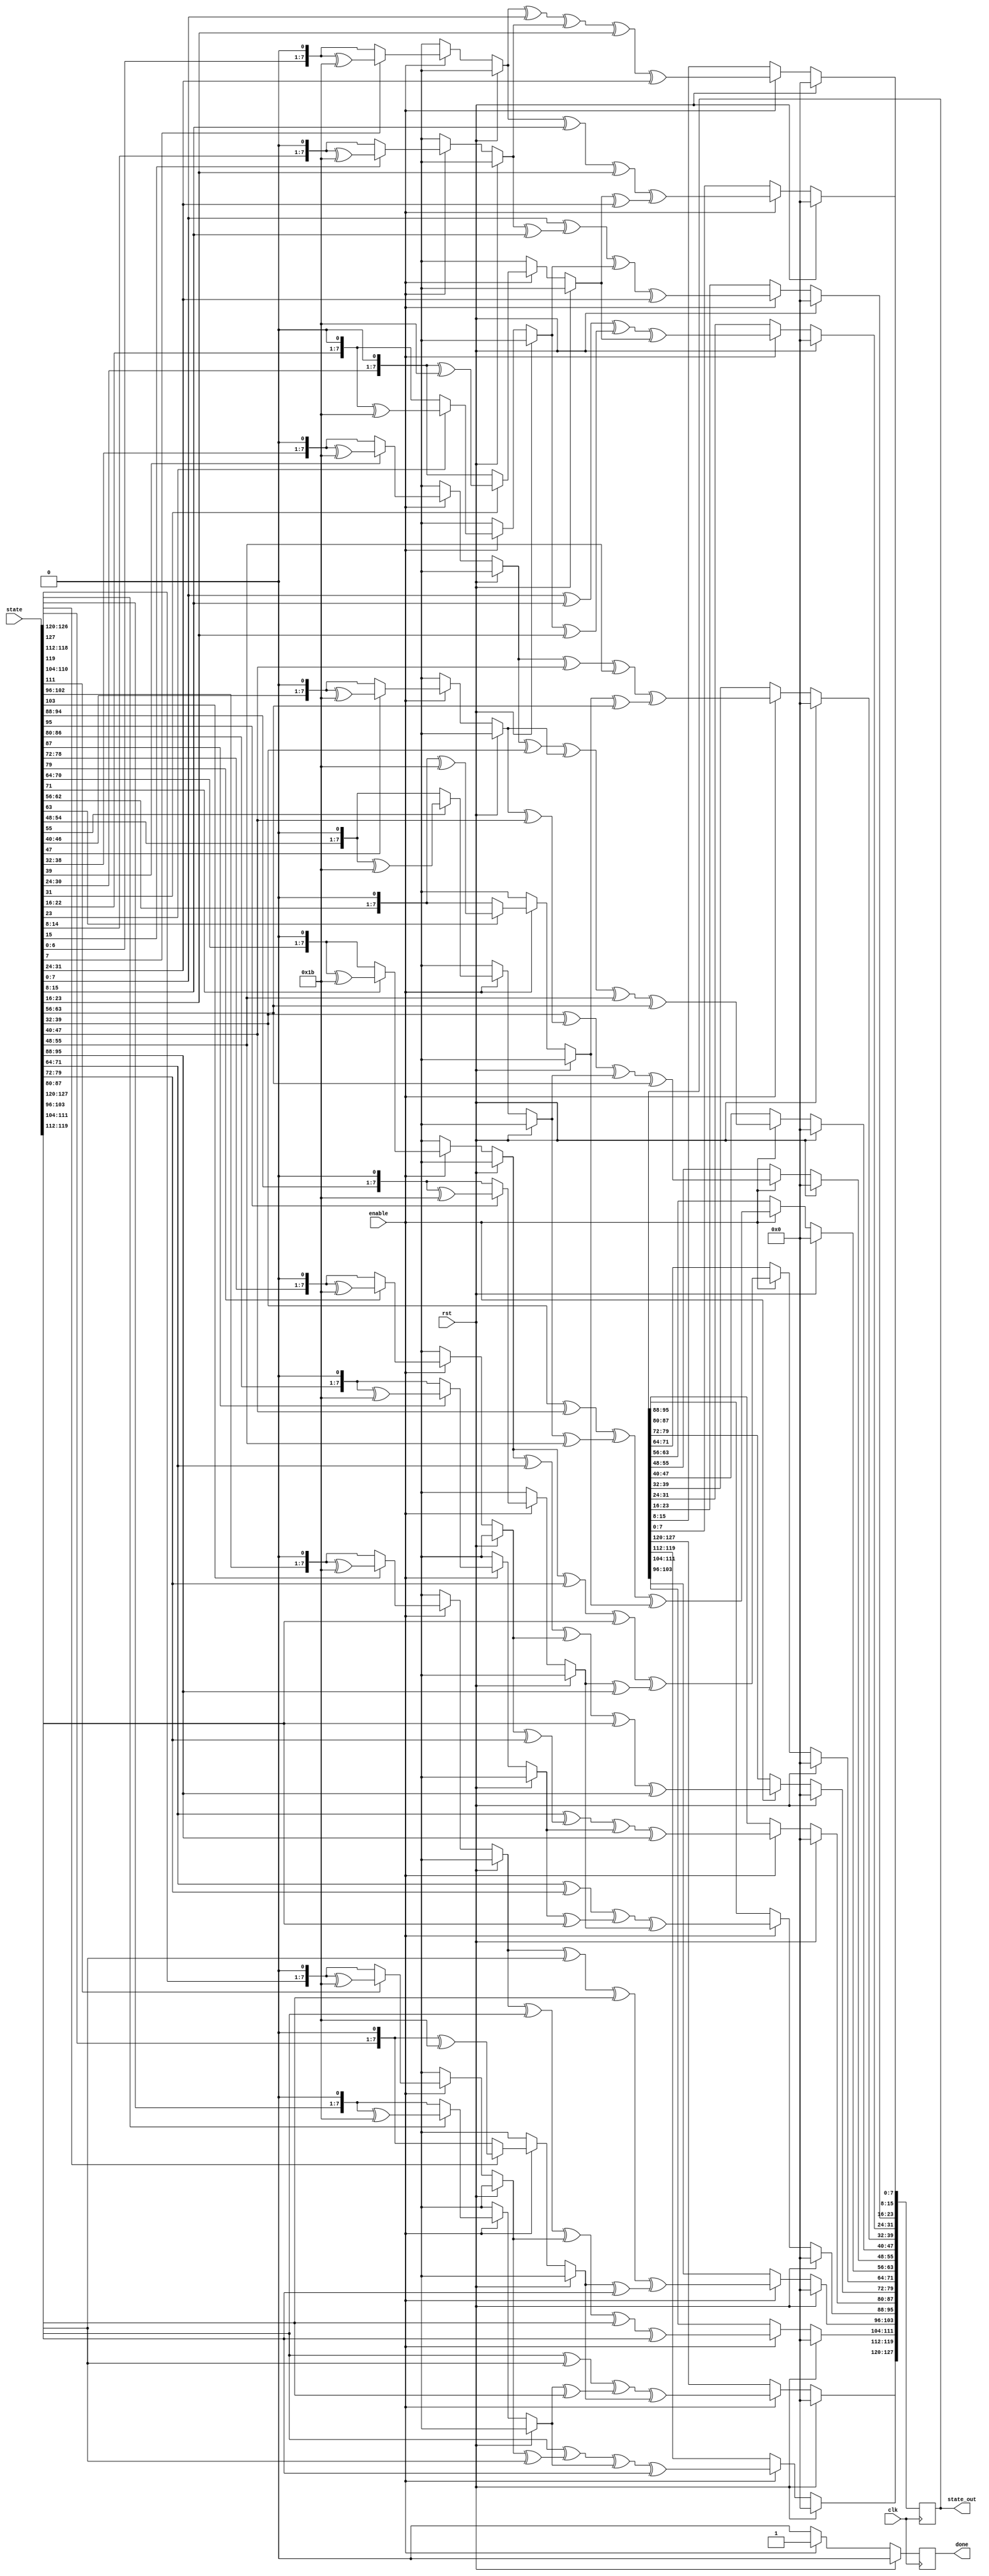
/*
*
*	Creator : Ahmad Hegazy <github.com/ahegazy> <ahegazipro@gmail.com>
*
* 
* Description: Mix columns step in AES encryption/Decryption.
* Language: Verilog
*
*/

module MixColumns(
	input wire [127:0] state,
	input  clk,enable, rst,
	output reg  [127:0]state_out,
	output reg done);

function reg [7:0] MultiplyByTwo;
	input [7:0] x;
	begin 
			/* multiplication by 2 is shifting on bit to the left, and if the original 8 bits had a 1 @ MSB, xor the result with 0001 1011*/
			if(x[7] == 1) MultiplyByTwo = ((x << 1) ^ 8'h1b);
			else MultiplyByTwo = x << 1; 
	end 	
endfunction

function reg [7:0] MultiplyByThree;
	input [7:0] x;
	begin 
			/* multiplication by 3 ,= 01 ^ 10 = (NUM * 01) XOR (NUM * 10) = (NUM) XOR (NUM Muliplication by 2) */
			MultiplyByThree = MultiplyByTwo(x) ^ x;
	end 
endfunction
 
integer i; 
	always@(posedge clk) 
begin
	if (rst)
	begin
		state_out<=128'd0;
		i<= 0;
		done <= 0;
	end 
	else if (enable)
	begin 
			for(i=0;i<=3;i=i+1)
			begin 
			 /* 
			 * Mix columns is a matrices muliplication: polynomial matrix state matrix .
			 * for example 
			 *	2	3	1 1     63 09 cd ba
			 *	1	2	3 1     53 60 70 ca
			 *	1	1	2 3     e0 e1 b7 d0
			 * 	3	1	1 2     8c 04 51 e7
			 * But the state bits as input comes serially in a reg [127:0] : 63 53 e0 8c 09 60 e1 04 cd 70 b7 51 ba ca d0 e7  
			 * so instead of multiplying row * column we multiply row * row  and putting the bits in the output state in a column per iteration
			 * 
			 */
			 
				state_out[i*32+:8]  <= MultiplyByTwo(state[(i*32)+:8])^(state[(i*32 + 8)+:8])^(state[(i*32 + 16)+:8])^MultiplyByThree(state[(i*32 + 24)+:8]);
				state_out[(i*32 + 8)+:8] <= MultiplyByThree(state[(i*32)+:8])^MultiplyByTwo(state[(i*32 + 8)+:8])^(state[(i*32 + 16)+:8])^(state[(i*32 + 24)+:8]);
				state_out[(i*32 + 16)+:8] <= (state[(i*32)+:8])^MultiplyByThree(state[(i*32 + 8)+:8])^MultiplyByTwo(state[(i*32 + 16)+:8])^(state[(i*32 + 24)+:8]);
				state_out[(i*32 + 24)+:8]  <= (state[(i*32)+:8])^(state[(i*32 + 8)+:8])^MultiplyByThree(state[(i*32 + 16)+:8])^MultiplyByTwo(state[(i*32 + 24)+:8]);
			end 
			
			done <= 1;
			end else done <= 0;
end
endmodule